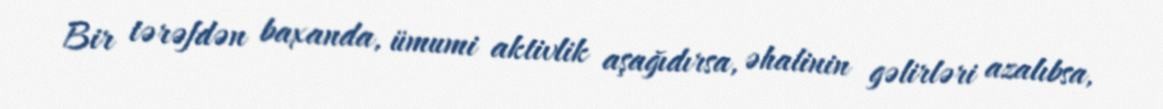
Bir tərəfdən baxanda, ümumi aktivlik aşağıdırsa, əhalinin gəlirləri azalıbsa,